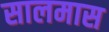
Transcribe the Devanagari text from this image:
सालमास